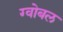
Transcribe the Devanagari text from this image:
ग्वोबल